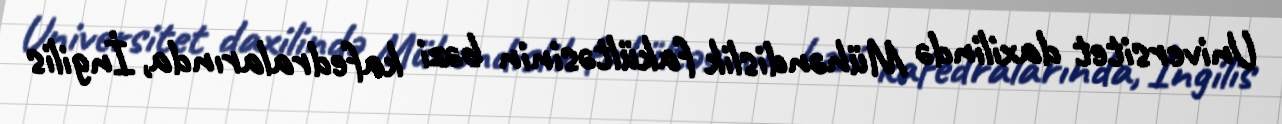
Universitet daxilində Mühəndislik fakültəsinin bəzi kafedralarında, İngilis